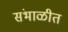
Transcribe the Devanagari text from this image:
संभाळीत